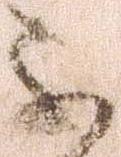
不